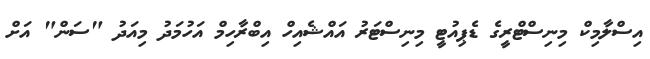
އިސްލާމިކް މިނިސްޓްރީގެ ޑެޕިއުޓީ މިނިސްޓަރު އައްޝެއިހް އިބްރާހިމް އަހުމަދު މިއަދު "ސަން" އަށް